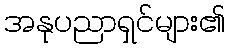
အနုပညာရှင်များ၏